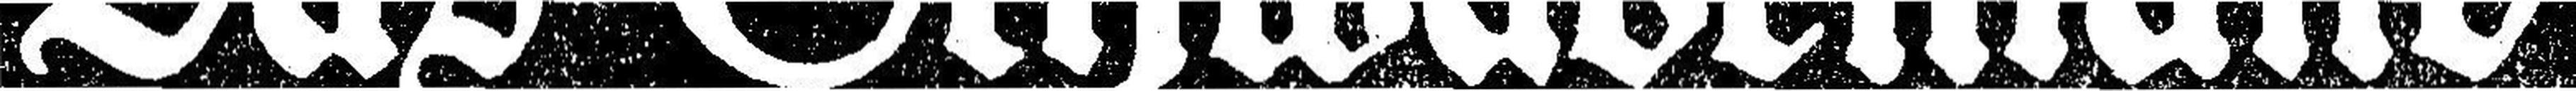
Das Schwabenland